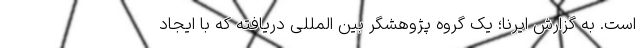
است. به گزارش ایرنا؛ یک گروه پژوهشگر بین المللی دریافته که با ایجاد